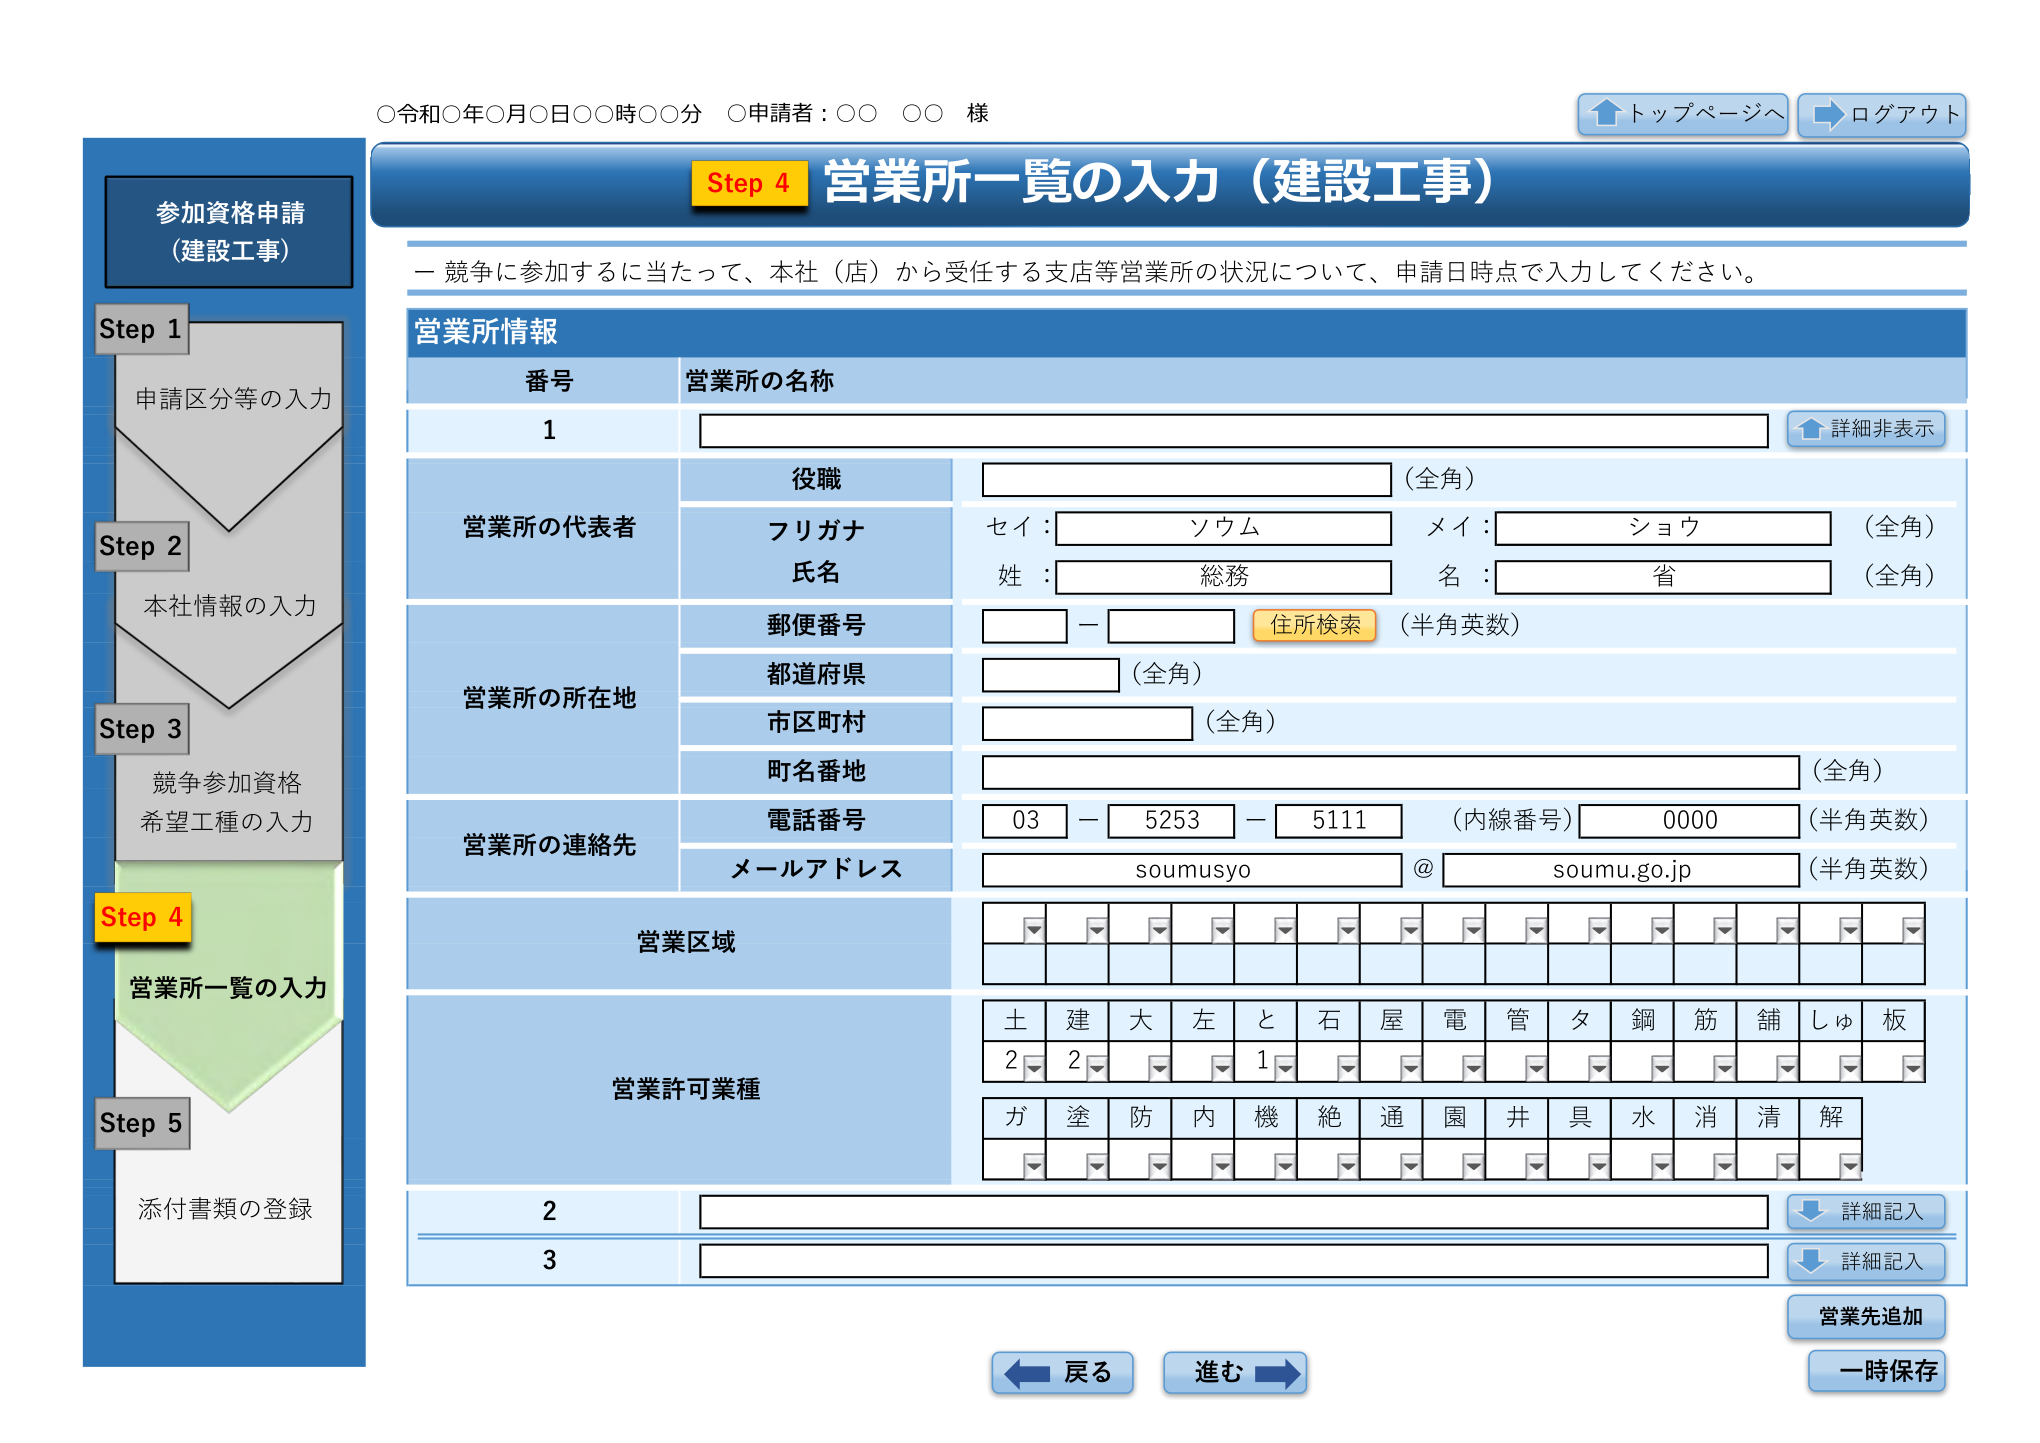
○令和○年○月○日○○時○○分 ○申請者：○○ ○○ 様

↑トップページへ ←ログアウト

参加資格申請
（建設工事）

Step 1
申請区分等の入力

Step 2
本社情報の入力

Step 3
競争参加資格
希望工種の入力

Step 4
営業所一覧の入力

Step 5
添付書類の登録

Step 4 営業所一覧の入力（建設工事）

－ 競争に参加するに当たって、本社（店）から受任する支店等営業所の状況について、申請日時点で入力してください。

営業所情報

番号 営業所の名称
1

営業所の代表者
役職 （全角）
フリガナ
セイ：ソウム メイ：ショウ （全角）
氏名
姓：総務 名：省 （全角）

営業所の所在地
郵便番号 － 住所検索 （半角英数）
都道府県 （全角）
市区町村 （全角）
町名番地 （全角）

営業所の連絡先
電話番号 03 － 5253 － 5111 （内線番号） 0000 （半角英数）
メールアドレス soumusyo @ soumu.go.jp （半角英数）

営業区域
（14個のドロップダウンリスト）

営業許可業種
土 建 大 左 と 石 屋 電 管 夕 鋼 筋 舗 しゅ 板
2 2 1
ガ 塗 防 内 機 絶 通 園 井 具 水 消 清 解
（14個のドロップダウンリスト）

2
3

↓詳細記入
↓詳細記入

営業先追加
一時保存

←戻る 進む→

↑詳細非表示